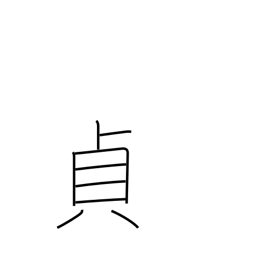
Meaning: upright